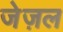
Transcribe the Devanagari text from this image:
जेज़ल